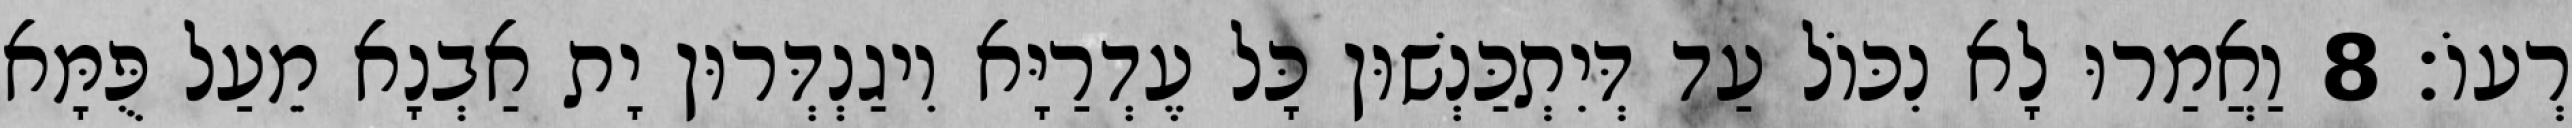
רְעוֹ׃ 8 וַאֲמַרוּ לָא נִכּוֹל עַד דְּיִתְכַּנְשׁוּן כָּל עֶדְרַיָּא וִיגַנְדְּרוּן יָת אַבְנָא מֵעַל פֻּמָּא